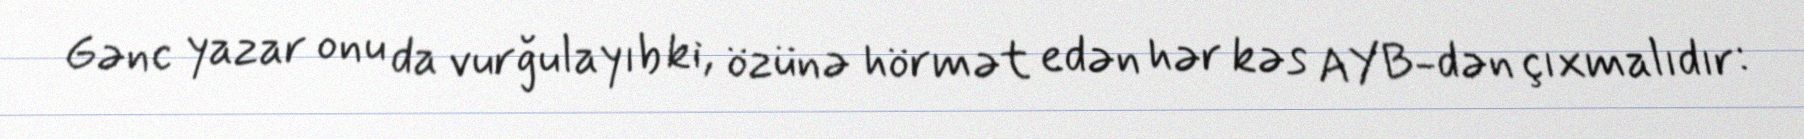
Gənc yazar onu da vurğulayıb ki, özünə hörmət edən hər kəs AYB-dən çıxmalıdır: